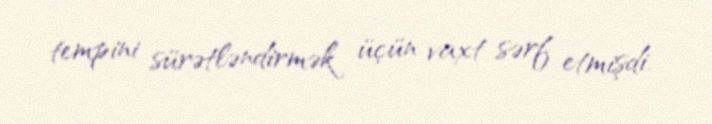
tempini sürətləndirmək üçün vaxt sərf etmişdi.